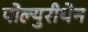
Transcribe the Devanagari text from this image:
पोल्युरीथेन